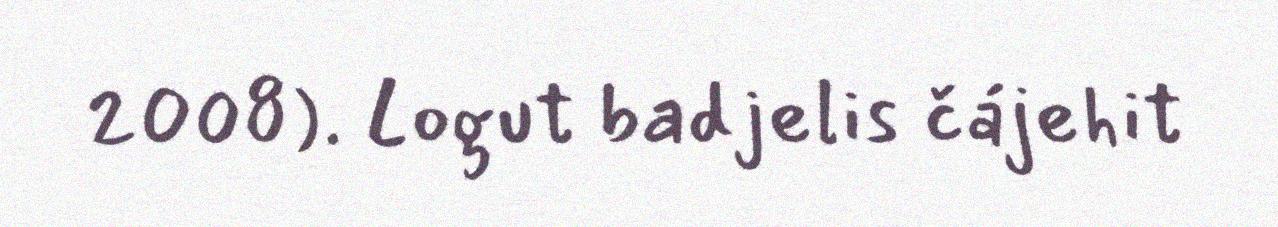
2008). Logut badjelis čájehit